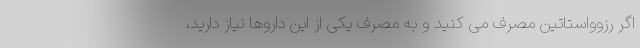
اگر رزوواستاتین مصرف می کنید و به مصرف یکی از این داروها نیاز دارید،